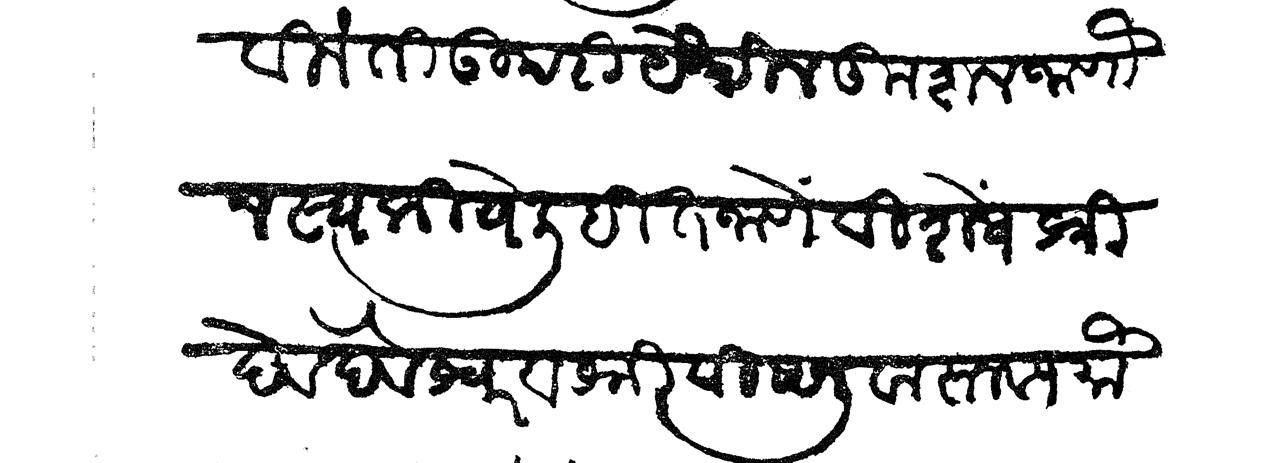
Transliteration (Devanagari): बिनंती उपरी येथील कुशल जाणोन स्वकीये लिहित जाणे विशेष श्री देव देवेश्वर व श्री विष्णु वास्तव्य मौ